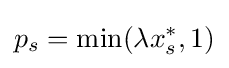
p_{s}=\min(\lambda x_{s}^{*},1)